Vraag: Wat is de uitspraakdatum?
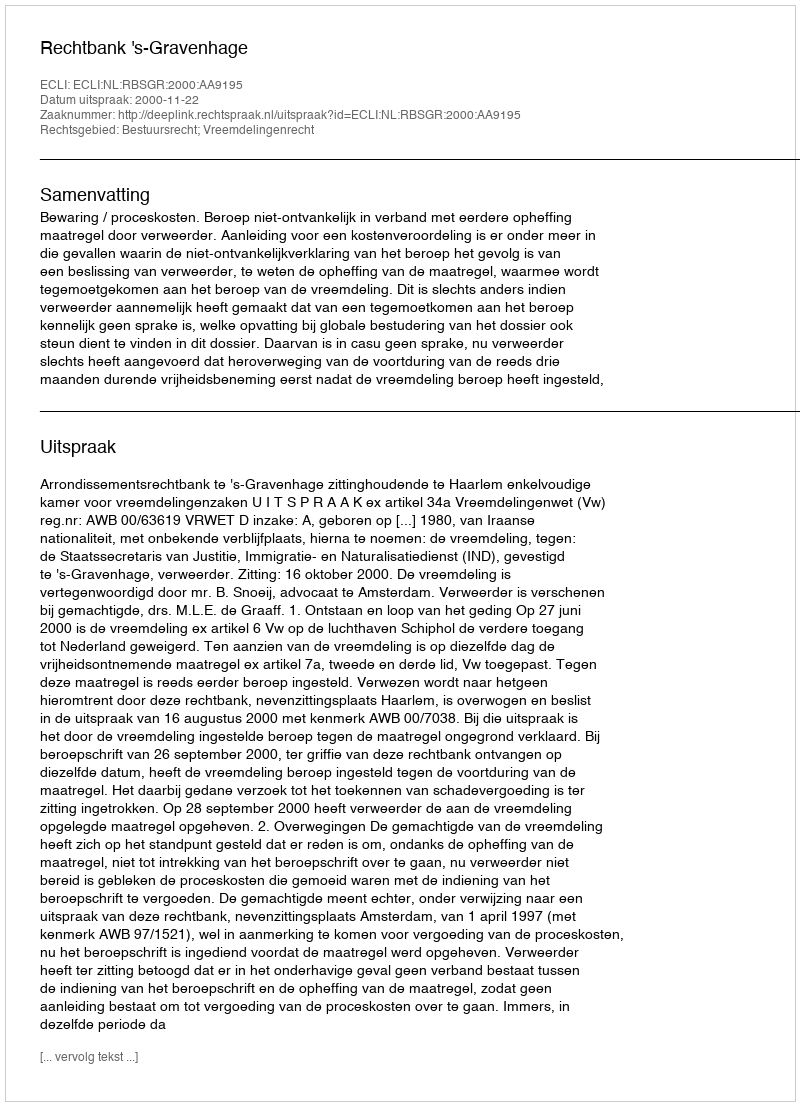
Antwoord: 2000-11-22